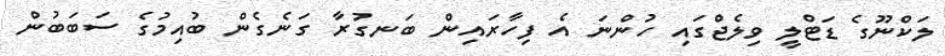
ލަކްނޫގެ ޑަޓްލީ ވިލެޖްގައި ހުންނަ އެ ފިހާރައިން ބަނގުރާ ގަނެގެން ބުއިމުގެ ސަބަބުން